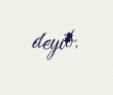
deyib.